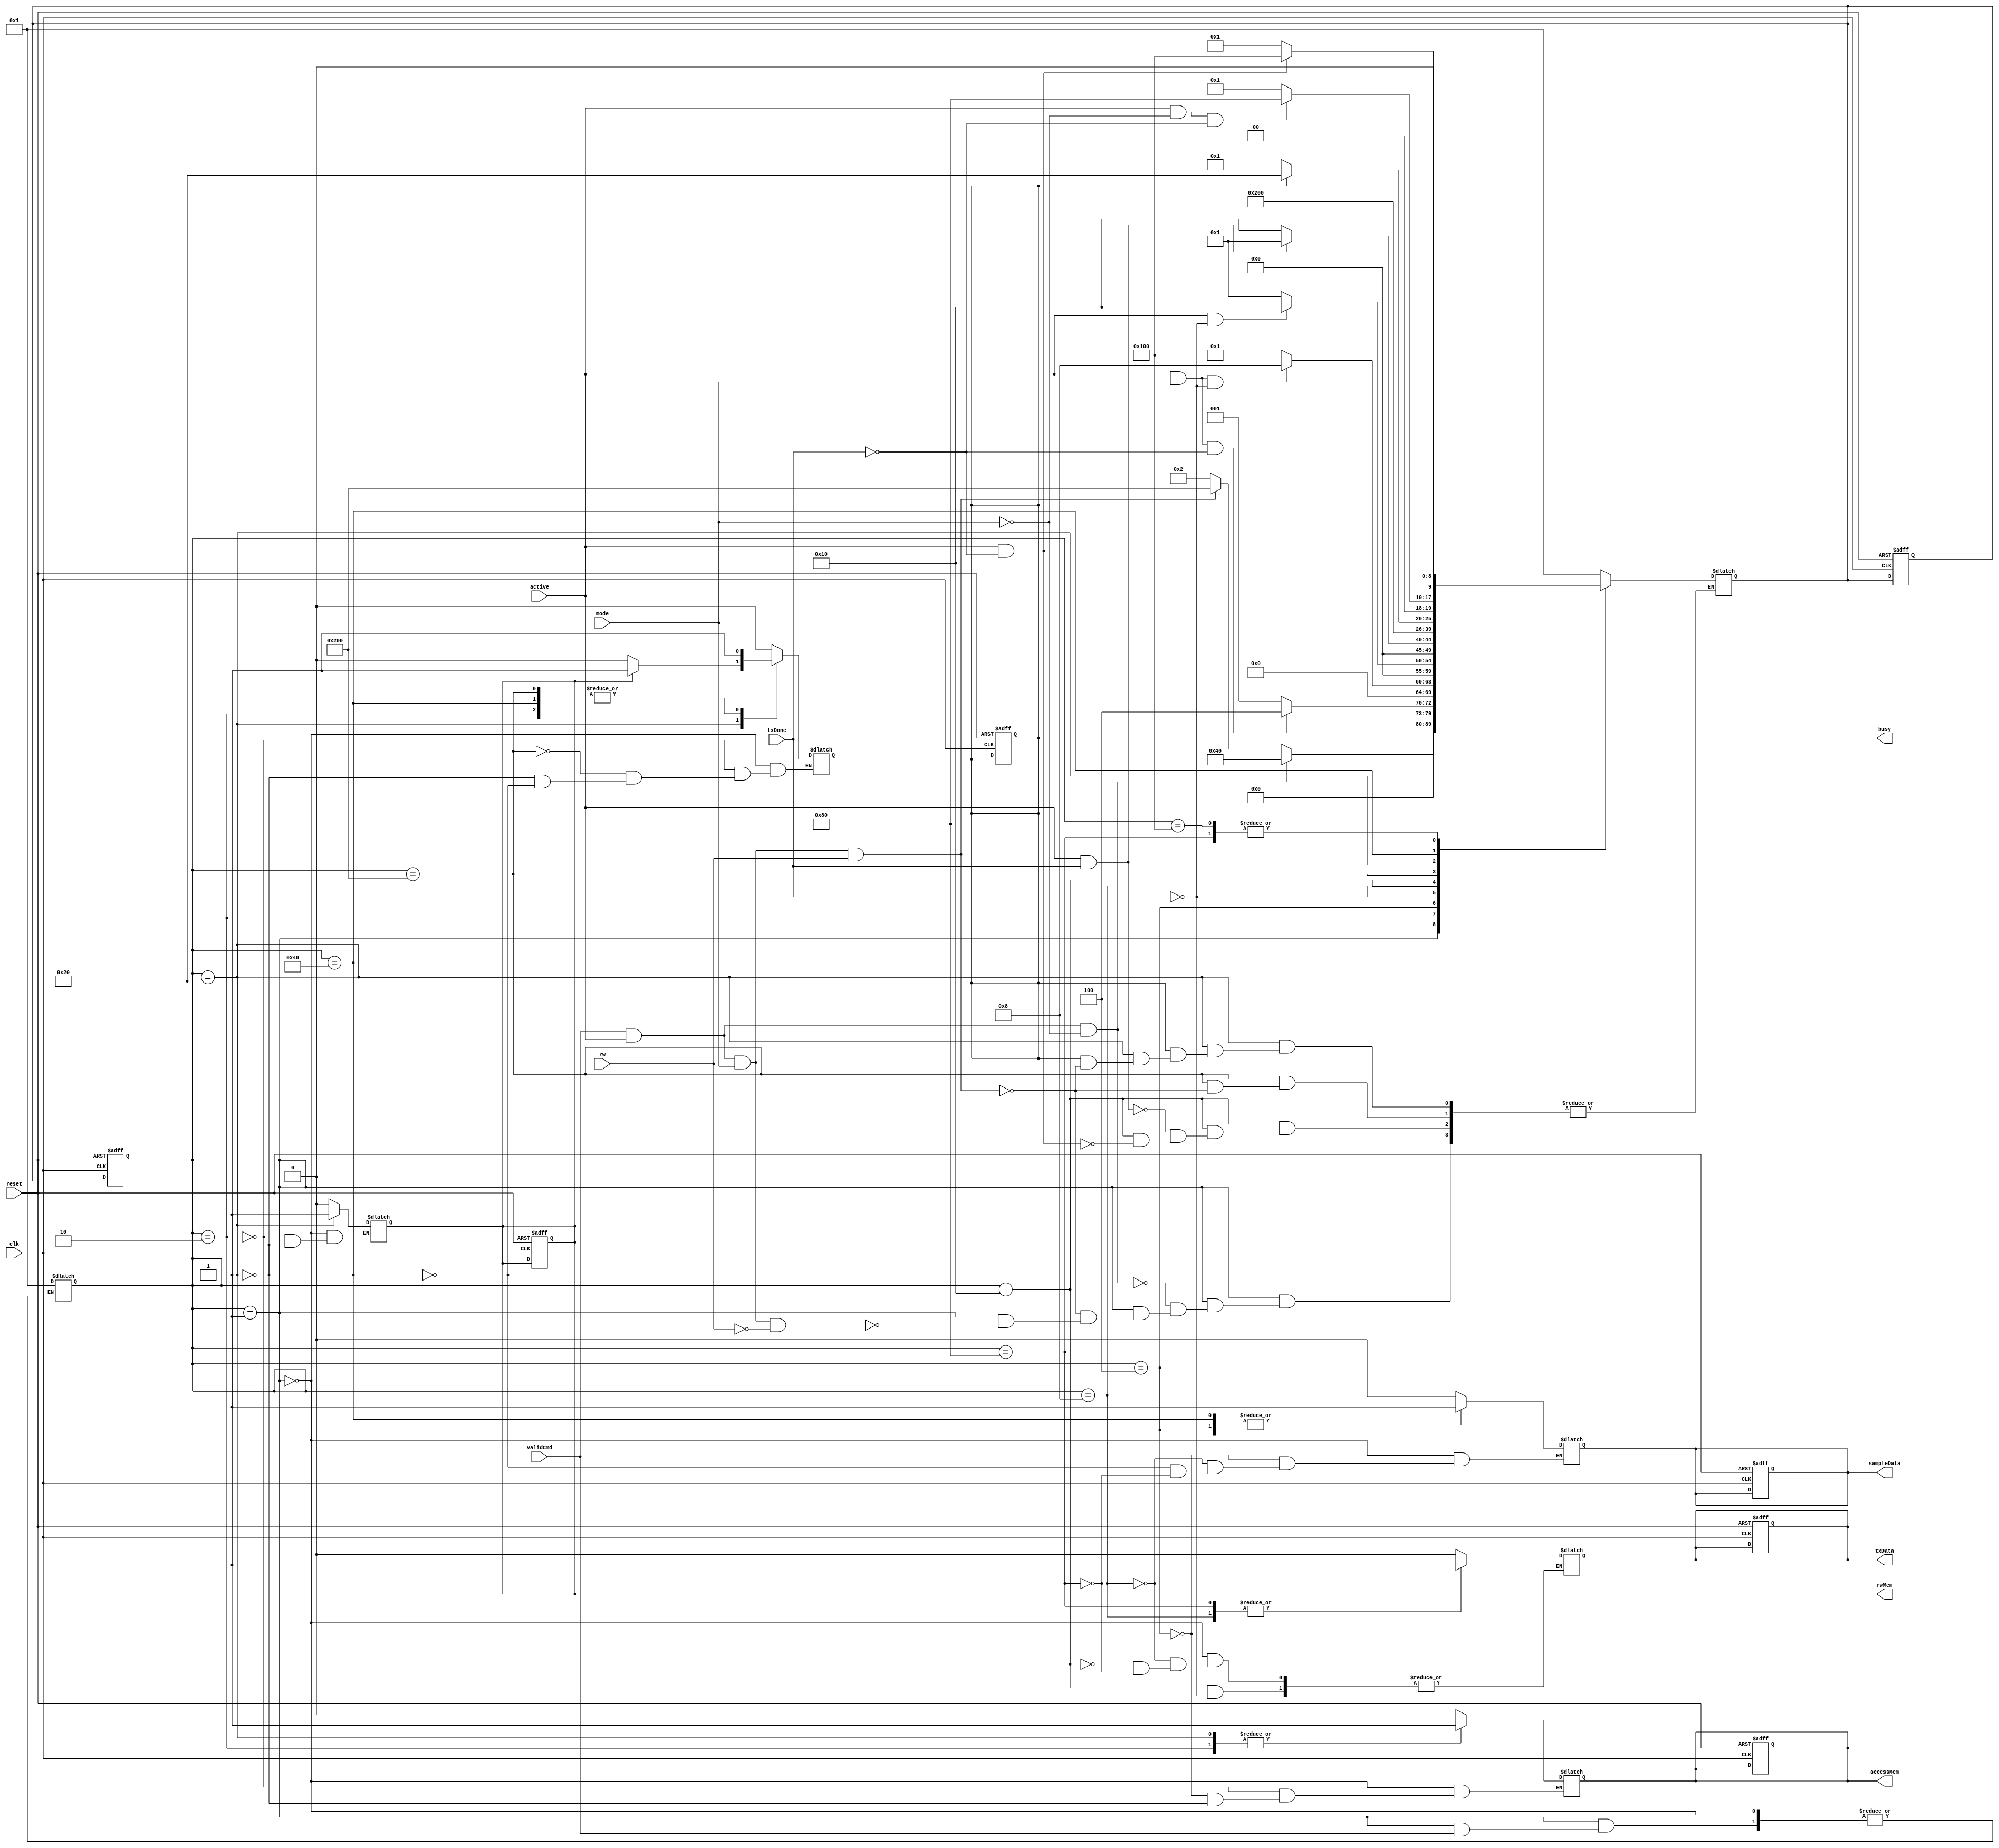
module ControlRWFlow(
    input wire validCmd,
    input wire rw,
    input wire reset,
    input wire clk,
    input wire txDone,
    input wire active,
    input wire mode,
    output reg accessMem,
    output reg rwMem,
    output reg sampleData,
    output reg txData,
    output reg busy
);
localparam idle = 10'b0000000001;    
localparam r1   = 10'b0000000010;    
localparam r2   = 10'b0000000100;
localparam r3   = 10'b0000001000;
localparam r4   = 10'b0000010000;
localparam w    = 10'b0000100000;
localparam t1   = 10'b0001000000;
localparam t2   = 10'b0010000000;
localparam t3   = 10'b0100000000;
localparam wt   = 10'b1000000000;
  reg [9:0] sc;
  reg [9:0] sv;
reg flag;

  always @(sc, validCmd, rw, active, mode,busy, sampleData ,txDone) begin 
    case (sc)
        idle:begin 
            if(validCmd && active && mode && !rw)begin 
                sv = r1;
            end
            if(validCmd && active && mode && rw)begin 
                sv = wt;
            end
            if(validCmd && active && !mode)begin 
                sv = t1;
            end
            if(!validCmd)begin 
                sc = idle;
            end
        end
        r1:begin 
            if(active && mode && !txDone)begin 
                sv = r2;
            end else begin 
              	sv = idle;
            end
        end
        r2:begin 
          if(active && mode && (txDone == 0))begin 
                sv = r3;
            end else begin 
              	sv = idle;
            end
        end
        r3:begin 
          if(active && (txDone==0))begin 
                sv = r4;
            end else begin 
              	sv = idle;
            end
        end
        r4:begin 
            if(active && !txDone)begin 
                sv = r4;
            end
            if(active && txDone)begin 
                sv = idle;
            end
        end
      	wt:begin 
          	if(validCmd && active && mode && rw) begin 
              	sv = w;
            end
        end
        w: begin 
            if(!busy)begin
                sv = idle;
            end else if(validCmd && active && mode && rw) begin 
              	flag<=1'b1;
              	sv = w;
            end
        end
        t1: begin 
            if(active && !mode && !txDone)begin 
                sv = t2;
            end else begin 
              	sv = idle;
            end
        end
        t2: begin 
            if(active && !txDone)begin
                sv = t3;
            end else begin 
              	sv = idle;
            end 
        end
        t3: begin 
            if(active && !txDone)begin 
                sv = t3;
            end else if(txDone) begin
                sv = idle;  
            end else begin 
              	sv = idle;
            end
        end
        default: begin 
            sv = idle;
        end
    endcase
end

always @(posedge clk, posedge reset)begin 
    if(reset)begin 
        accessMem <=0;
        rwMem <=0;
        sampleData <=0;
        txData<=0;
        busy <=0;
      	sc<=idle;
      	sv<=9'bx;
    end else begin 
        sc <= sv;
    end
end

always @(sc)begin 
    case(sc)
        idle:begin 
            accessMem <=0;
            rwMem <=0;
            sampleData <=0;
            txData<=0;
            busy <=0;
        end
        r1:begin 
            accessMem<=1;
            rwMem<=0;
            busy <=1;
        end
        r2:begin 
          accessMem<=0;
            sampleData<=1;
        end
        r3:begin 
            sampleData <=0;
            txData <=1;
        end
        r4:begin
          if(txDone)begin 
            txData<=0;
          end
        end
      	wt:begin 
        	busy <= 1;
      	end
        w:begin 
            accessMem<=1;
            rwMem<=1;
            busy<=1;
          if(rwMem == 1'b0 )begin 
            busy<=0;
          end
        end
        t1:begin
           busy<=1;
           sampleData<=1;
        end
        t2:begin
          sampleData<=0;
           txData<=1; 
        end
        t3:begin
            
        end
    endcase
end

endmodule